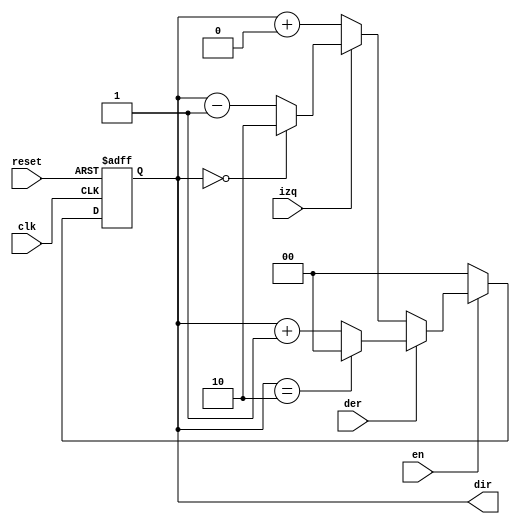
`timescale 1ns / 1ps
//////////////////////////////////////////////////////////////////////////////////
// Company: 
// Engineer: 
// 
// Design Name: 
// Module Name:    CONT_DIR 
// Project Name: 
// Target Devices: 
// Tool versions: 
// Description: 
//
// Dependencies: 
//
// Revision: 
// Revision 0.01 - File Created
// Additional Comments: 
//
//////////////////////////////////////////////////////////////////////////////////
module CONT_DIR(
	input wire clk,
	input wire reset,
	
	input wire der,
	input wire izq,
	
	input wire en,
	
	output reg [1:0] dir
   
	);
	 
	always @(posedge clk, posedge reset) begin
			if (reset) begin
				dir <= 2'b00;
			end else if (~en) begin
				dir <= 2'b00;
			end else if (der) begin
				if (dir == 2'b10) begin
					dir <= 2'b00; 
				end else begin
					dir <= dir + 2'b01;
				end
			end else if (izq) begin
				if (dir == 2'b00) begin
					dir <= 2'b10;
				end else begin
					dir <= dir - 2'b01;
				end
			end else begin
				dir <= dir + 2'b00;
			end
	end
	
endmodule